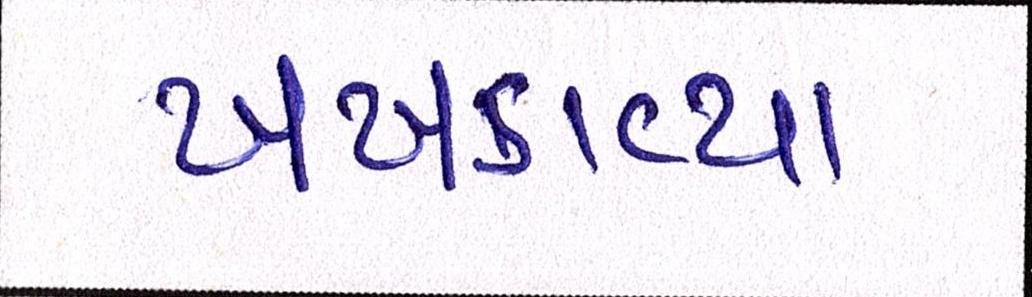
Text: ખખડાવ્યા